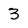
Character: 3